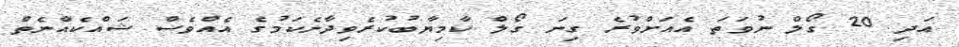
އަދި 20 ގޯލް ނުވަތަ އެއަށްވުރެ ގިނަ ގޯލް ކާމިޔާބުކުރެވިދާނެކަމުގެ އެއްވެސް ޝައްކެއްނެތް